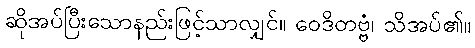
ဆိုအပ်ပြီးသောနည်းဖြင့်သာလျှင်။ ဝေဒိတဗ္ဗံ၊ သိအပ်၏။